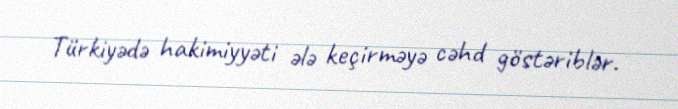
Türkiyədə hakimiyyəti ələ keçirməyə cəhd göstəriblər.